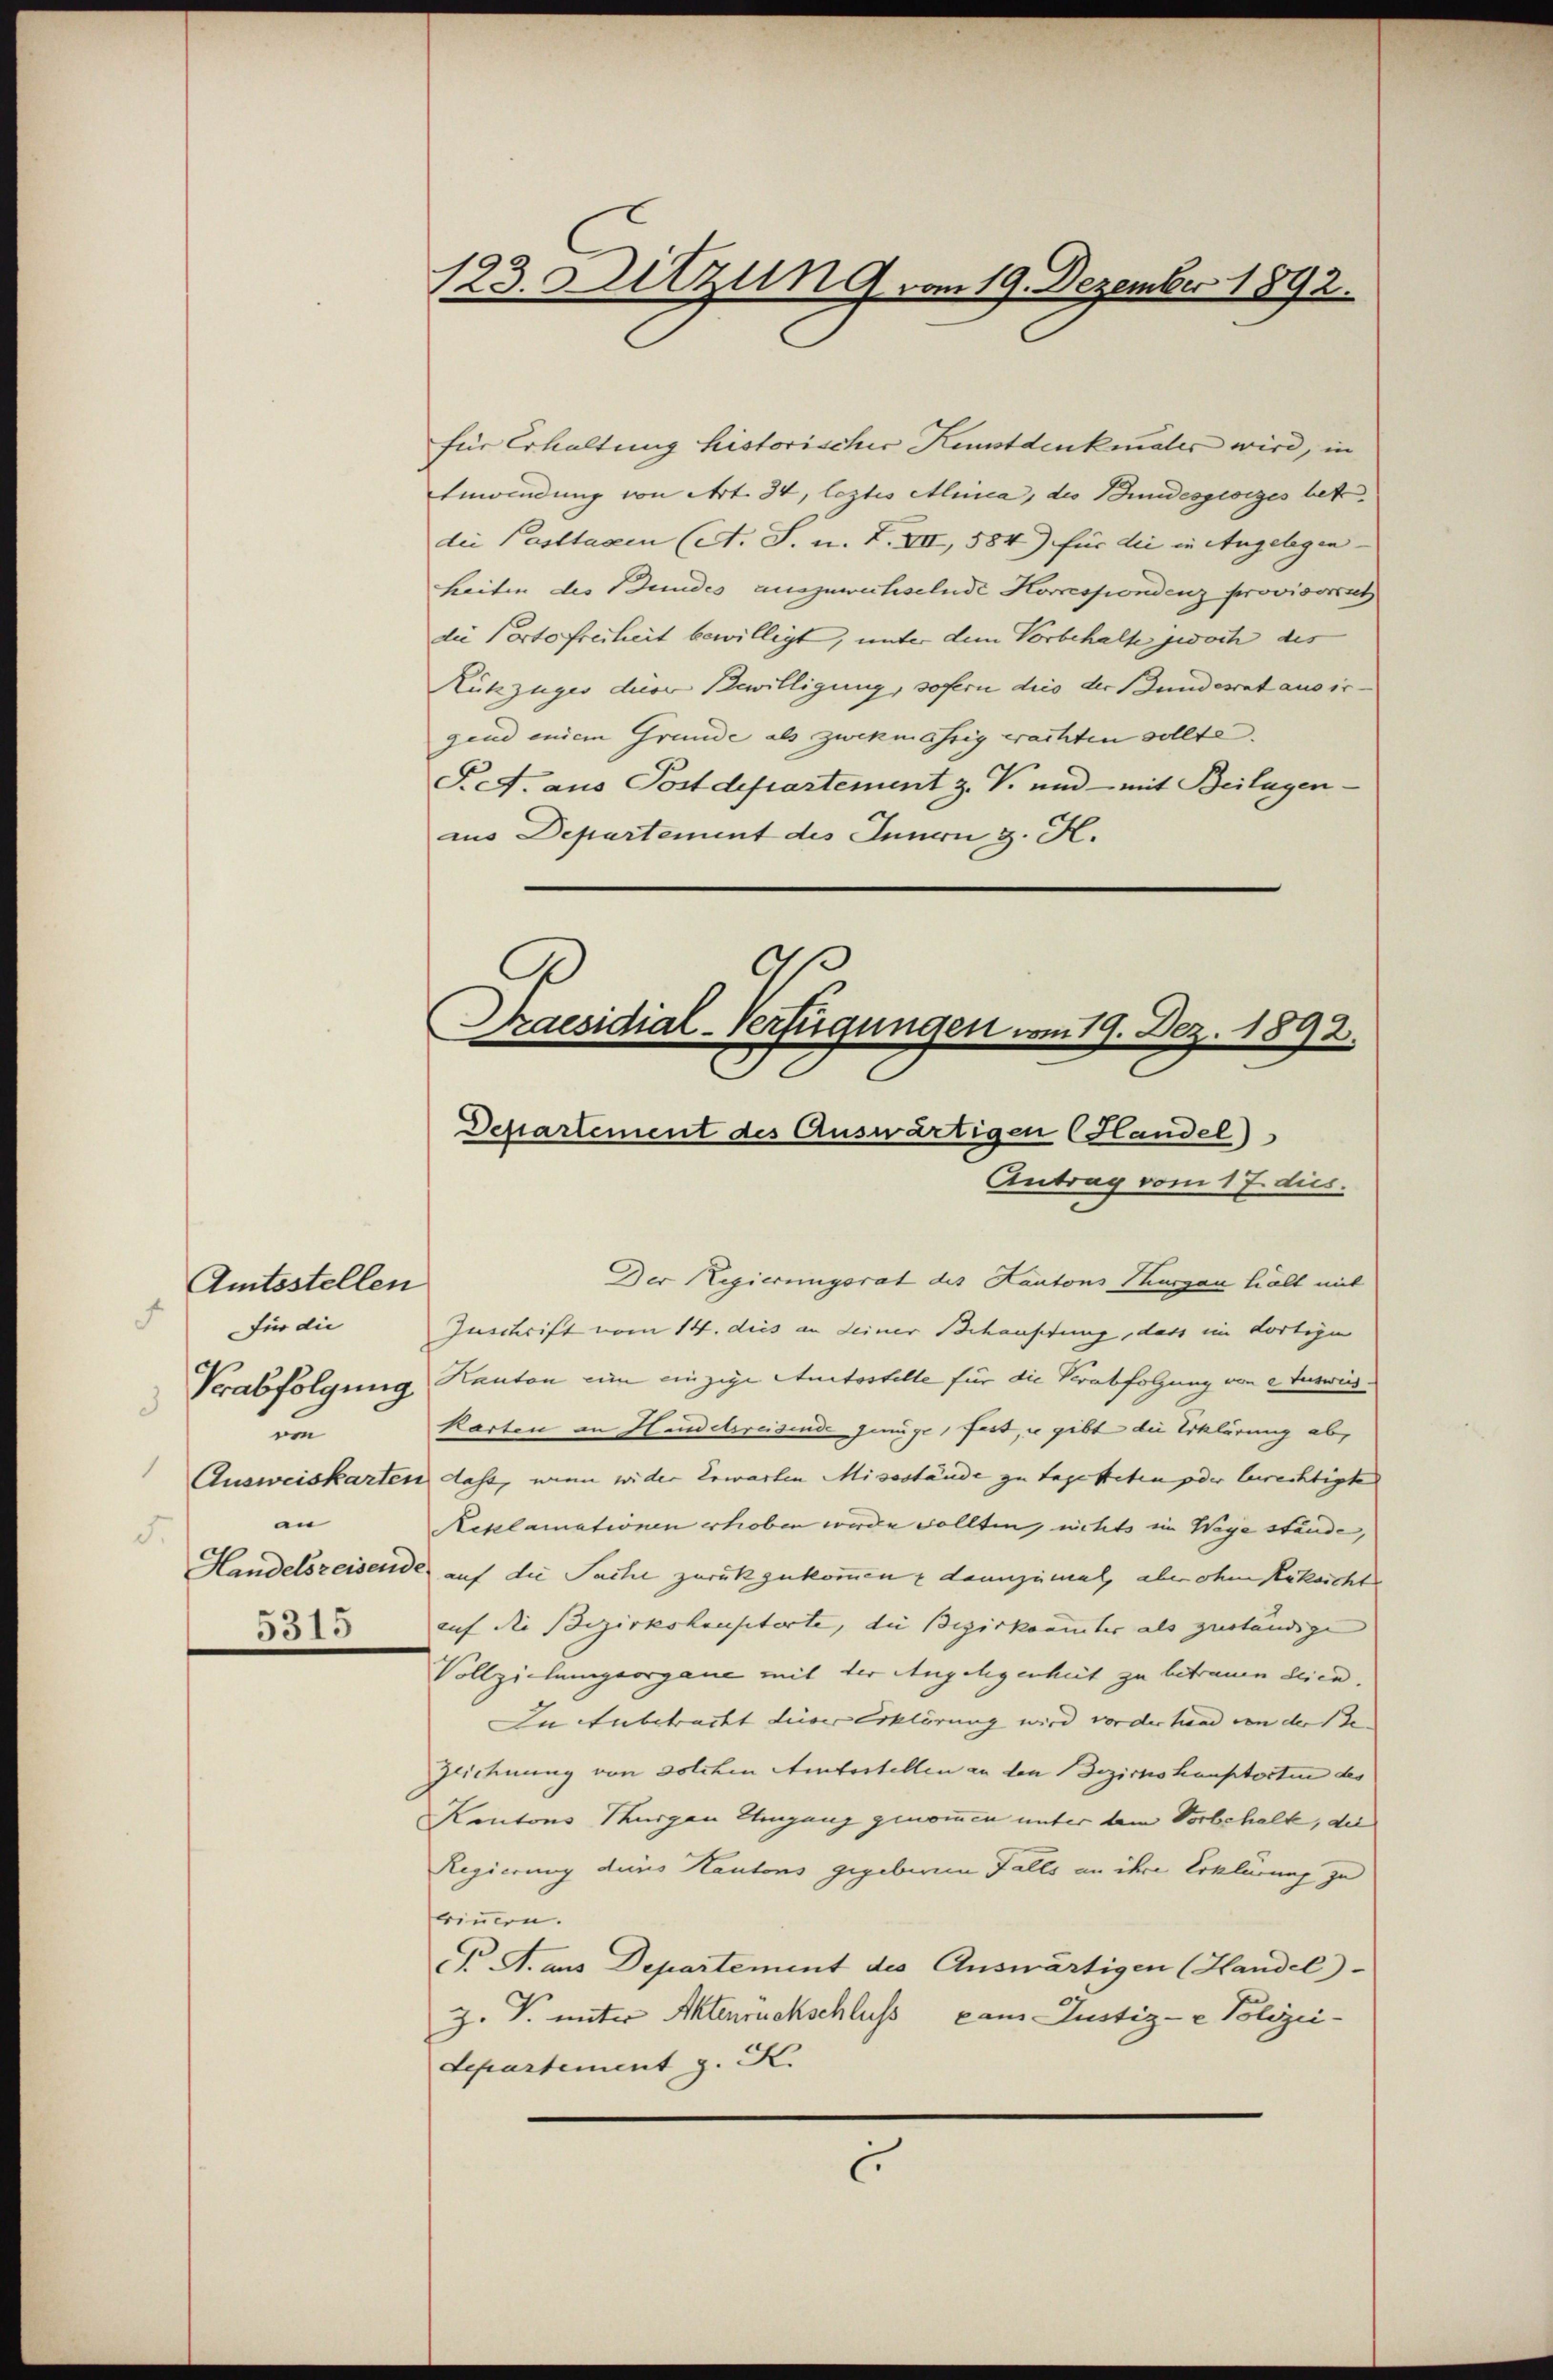
Amtsstellen
F
für die
eon
1
an
5.
5315

123. Sitzun 9. am 19. Dezember 1892.

für Erhaltung historischer Kunstdenkmales wird, in
Enwindung von Art. 34, leztes Alica, des Bundesgesiges betr.
die Posttagen (A. S. n. F. VII, 584) für die in Angelegen- |
heiten des Bundes auszuwechselnde Korrespondenz provisorat
die Portofreiheit bewilligt, unter dem Vorbehalte zwoch des
Rükzuges die Bewilligung, sofern dies der Bundesrat aus irgend einem Grunde als zwekmässig erachten sollte.
Pet. aus Postdepartement z. V. und - mit Beilagen-
aus Departement des Innern z. H.

9
Praesidial-Verfügungen vom 19. Dez. 1892.
Departement des Auswärtigen Handel)
Antrag vom 17. dus.

Der Regierungsrat des Kantons Thurgau halt mit
Zuschrift vom 14. dies an deiner Behauptung, dass im dortige
Verabfolgung, Kanton ein einzige Autostelle für die Verabfolgung von e Ausweiskarten an Handelsreisende genüge, fest, u gibt die Erklärung ab,
Ausweiskarten dass, wenn wider Erwarten Missstände zu tagesteten der berechtigte
Reklamationen erhoben werde sollten, nichts im Wege stände,
Handelszeisende auf die Sache zurückzukommen & dannzumal, aber ohne Rüksicht
auf die Bezirkshausterte, die Bezirkennter als zuständige
Vollziehungsorgane mit der Angelegenheit zu betrauen dien.
In Anbetracht dieser Erklärung wird vor der hand von der Se
Zeichnung von solchen Amtestellen an den Bezirkshauptorten des
Kantons Turgen Umgang genommen unter dem Vorbehalte, die
Regierung des Kantons gegebenen Falls an ihre Erklärung zu
trinnern.
P A. aus Departement des Auswärtigen (Handel)
Z. V. unter Aktenrückschluss dans Justiz- & Polizei-
Separtement z. K.
c